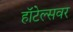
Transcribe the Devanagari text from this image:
हॉटेल्सवर